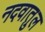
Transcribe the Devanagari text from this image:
नदवातुल